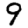
Digit: 9